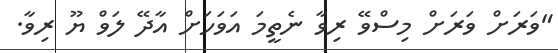
"ވަރަށް ވަރަށް މިސްވޭ ރިވާ ނެތީމަ އަވަހަށް އާދޭ ލަވް ޔޫ ރިވާ.